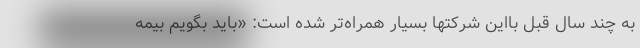
به چند سال قبل بااین شرکتها بسیار همراه‌تر شده است:‌ «باید بگویم بیمه